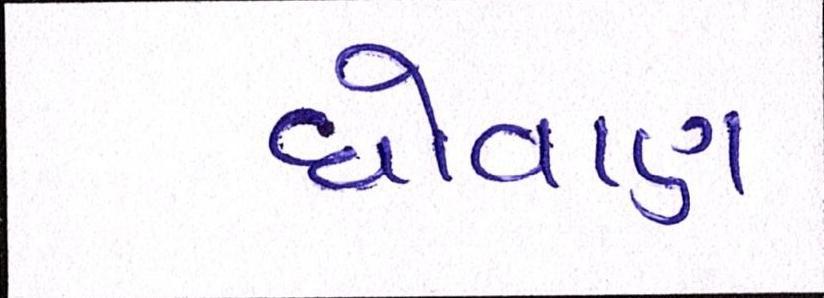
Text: ધોવાણ